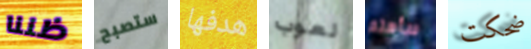
ظننا ستصبح هدفها لعوب سأهتم ضحكت